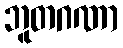
ဘူတဂဏာ